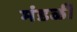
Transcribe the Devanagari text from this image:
मंडळीं